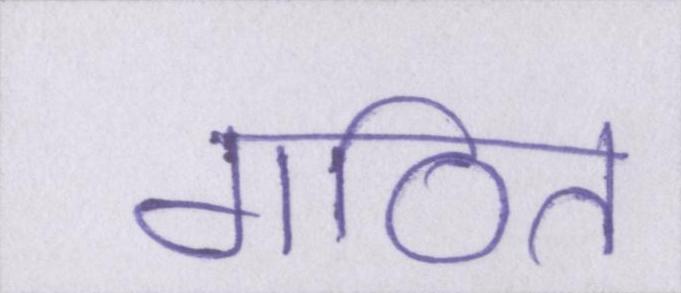
गठित